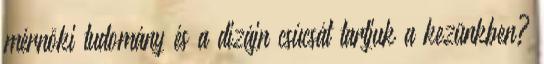
mérnöki tudomány és a dizájn csúcsát tartjuk a kezünkben?